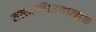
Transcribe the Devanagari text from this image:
तत्त्वाचिंतनात्मक